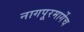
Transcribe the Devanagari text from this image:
नागपूरमार्गेच